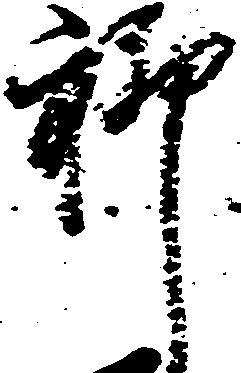
聊